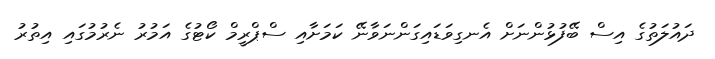
ދައުލަތުގެ އިސް ބޭފުޅުންނަށް އެނގިވަޑައިގަންނަވާނޭ ކަމަށާއި ސްޕްރީމް ކޯޓުގެ އަމުރު ނެރުމުގައި އިތުރު